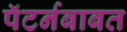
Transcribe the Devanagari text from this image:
पॅटर्नबाबत